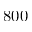
8 0 0